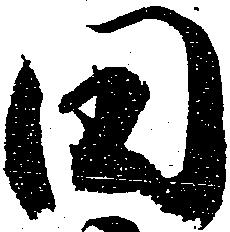
田